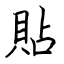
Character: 貼